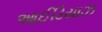
આઈડિયાઝ